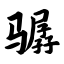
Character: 骣